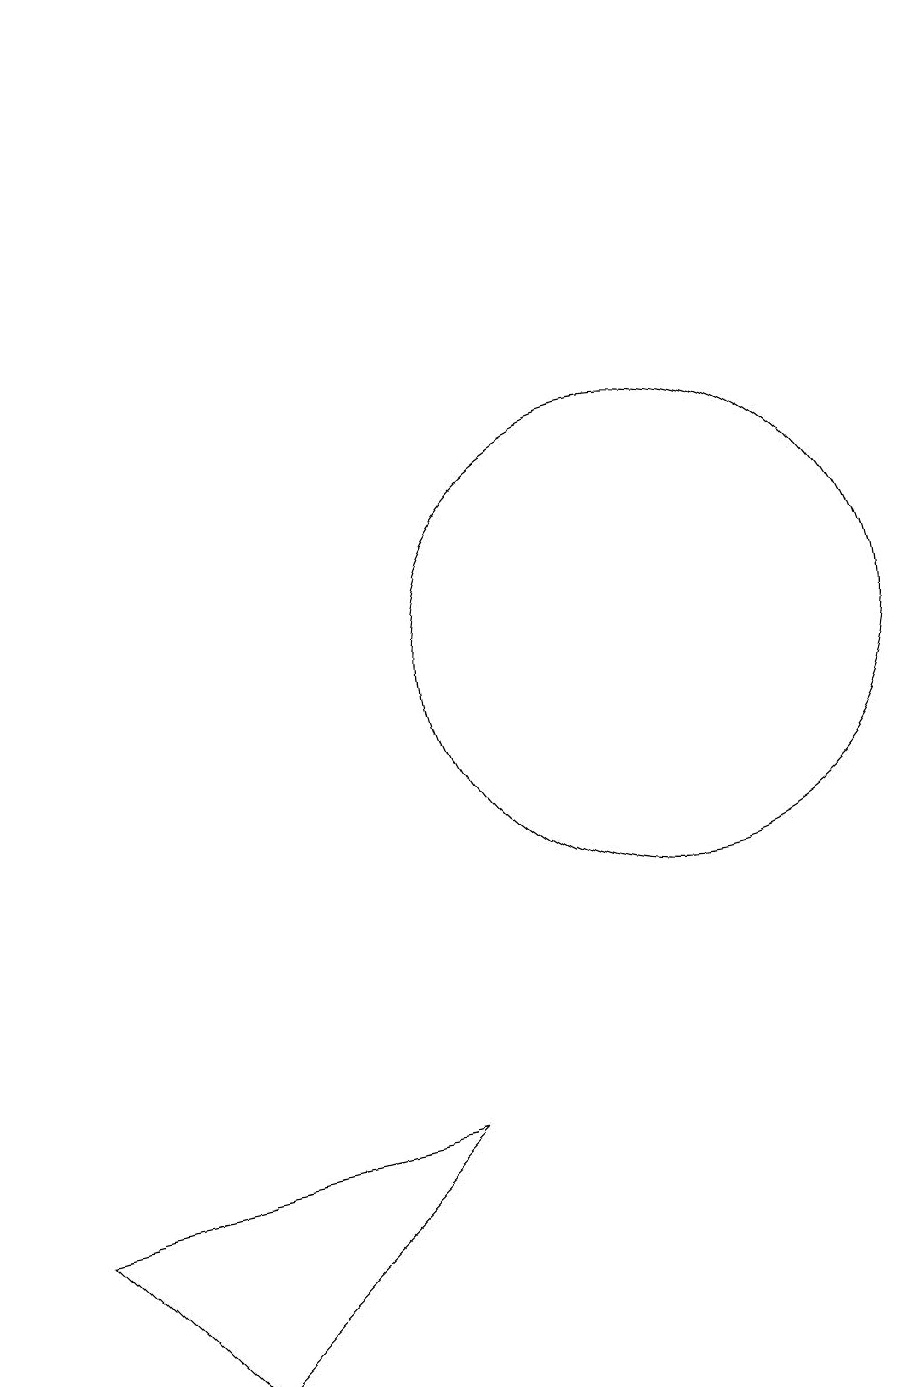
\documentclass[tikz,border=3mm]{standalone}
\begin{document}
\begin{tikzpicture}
\draw (11,10) circle (3);
\draw[->] (3,15) -- (3,18);
\draw (3,3) -- (5,1) -- (8,4) -- cycle;
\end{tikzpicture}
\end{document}